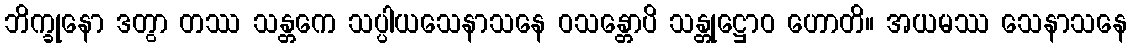
ဘိက္ခုနော ဒတွာ တဿ သန္တကေ သပ္ပါယသေနာသနေ ဝသန္တောပိ သန္တုဋ္ဌောဝ ဟောတိ။ အယမဿ သေနာသနေ